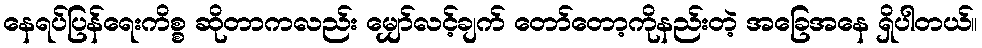
နေရပ်ပြန်ရေးကိစ္စ ဆိုတာကလည်း မျှော်လင့်ချက် တော်တော့ကိုနည်းတဲ့ အခြေအနေ ရှိပါတယ်။